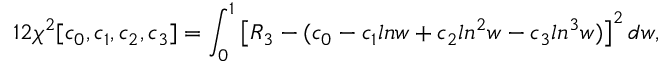
1 2 \chi ^ { 2 } [ c _ { 0 } , c _ { 1 } , c _ { 2 } , c _ { 3 } ] = \int _ { 0 } ^ { 1 } \left[ R _ { 3 } - ( c _ { 0 } - c _ { 1 } l n w + c _ { 2 } l n ^ { 2 } w - c _ { 3 } l n ^ { 3 } w ) \right] ^ { 2 } d w ,